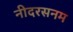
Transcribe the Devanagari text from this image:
नीदरसनम